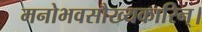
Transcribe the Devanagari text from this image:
मनोभवसौख्यकारिन्।